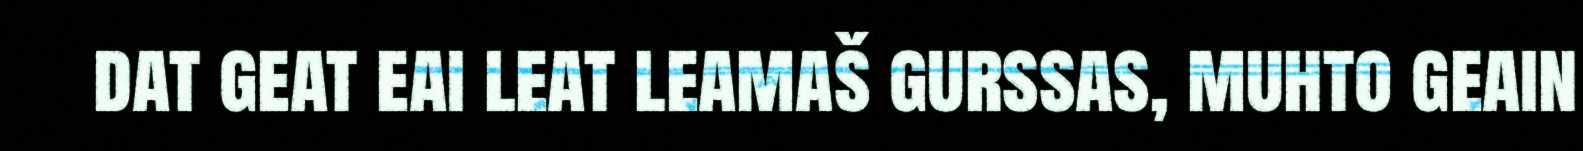
dat geat eai leat leamaš gurssas, muhto geain